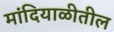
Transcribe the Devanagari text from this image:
मांदियाळीतील